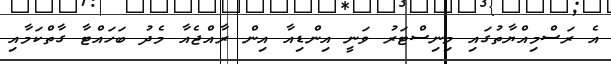
އެ ރަސްމިއްޔާތުގައި މިނިސްޓަރު ވަނީ އިންޑިއާ އިން ރާއްޖެއާ މެދު ބަހައްޓާ ގާތްކަމާއި